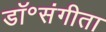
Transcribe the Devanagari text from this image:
डॉ॰संगीता